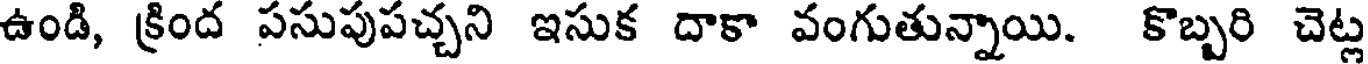
ఉండి, క్రింద పసుపుపచ్చని ఇసుక దాకా వంగుతున్నాయి. కొబ్బరి చెట్ల